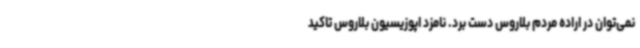
نمی‌توان در اراده مردم بلاروس دست برد. نامزد اپوزیسیون بلاروس تاکید